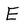
Character: E